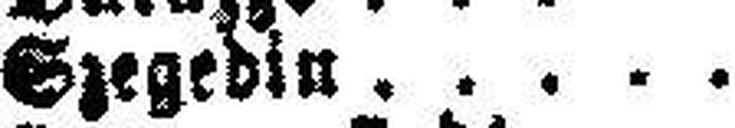
Szegedin